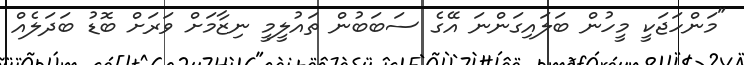
"މަންހަޖަކީ މީހުން ބަލައިގަންނަ އޭގެ ސަބަަބުން ތައުލީމީ ނިޒާމަށް ވަރަށް ބޮޑު ބަދަލެއް